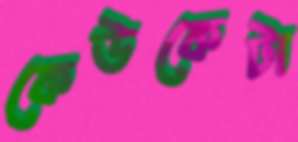
কেউকেটা